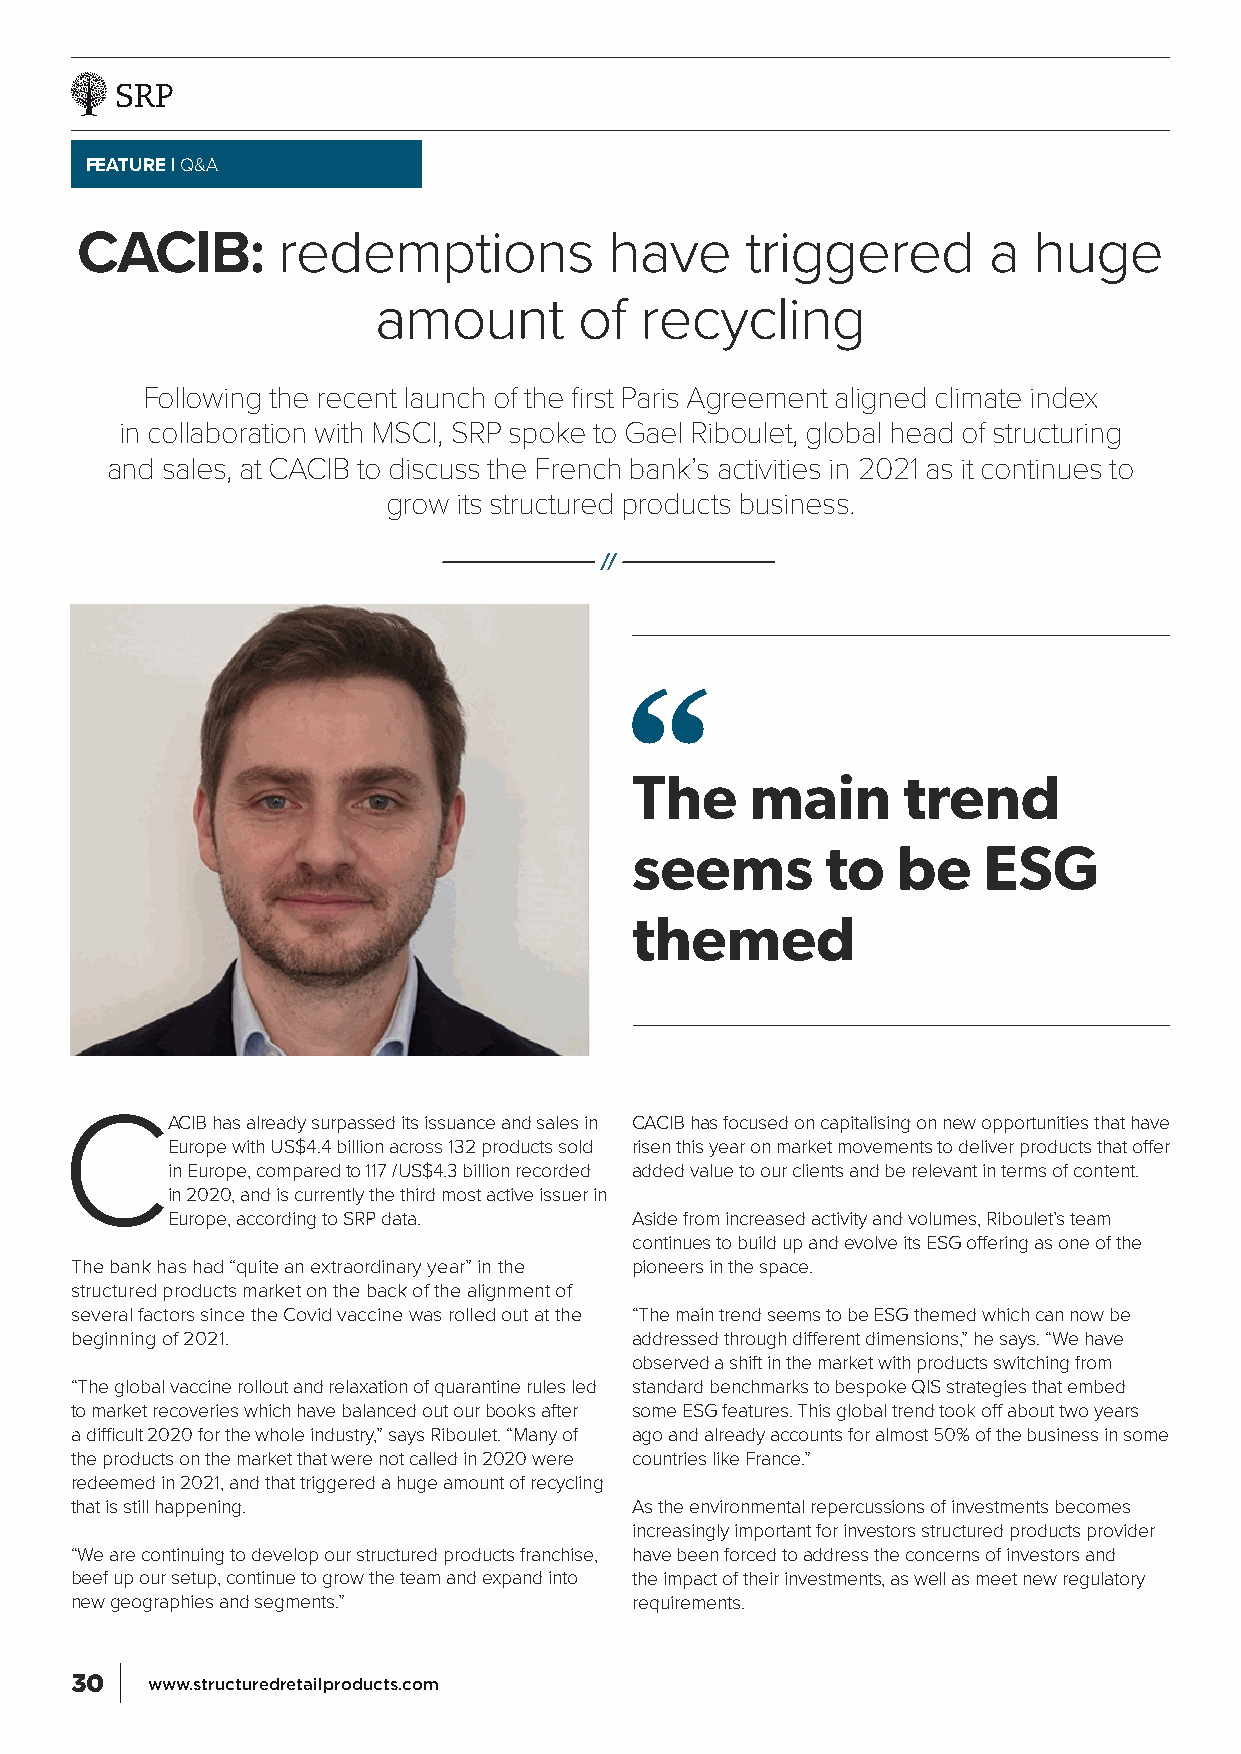
FEATURE | Q&A
 CACIB:       redemptions           have     triggered       a  huge
 amount       of  recycling
 Following the recent launch of the first Paris Agreement aligned climate index
 in collaboration with MSCI, SRP spoke to Gael Riboulet, global head of structuring
 and sales, at CACIB to discuss the French bank’s activities in 2021 as it continues to
 grow its structured products business.
 The     main      trend
 seems        to  be    ESG
 themed
 CACIB     has already surpassed its issuance and sales in CACIB has focused on capitalising on new opportunities that have
 Europe with US$4.4 billion across 132 products sold risen this year on market movements to deliver products that offer
 in Europe, compared to 117 /US$4.3 billion recorded added value to our clients and be relevant in terms of content.
 in 2020, and is currently the third most active issuer in
 Europe, according to SRP data. Aside from increased activity and volumes, Riboulet’s team
 continues to build up and evolve its ESG offering as one of the
 The bank has had “quite an extraordinary year” in the pioneers in the space.
 structured products market on the back of the alignment of
 several factors since the Covid vaccine was rolled out at the “The main trend seems to be ESG themed which can now be
 beginning of 2021.                   addressed through different dimensions,” he says. “We have
 observed a shift in the market with products switching from
 “The global vaccine rollout and relaxation of quarantine rules led standard benchmarks to bespoke QIS strategies that embed
 to market recoveries which have balanced out our books after some ESG features. This global trend took off about two years
 a difficult 2020 for the whole industry,” says Riboulet. “Many of ago and already accounts for almost 50% of the business in some
 the products on the market that were not called in 2020 were countries like France.”
 redeemed in 2021, and that triggered a huge amount of recycling
 that is still happening.             As the environmental repercussions of investments becomes
 increasingly important for investors structured products provider
 “We are continuing to develop our structured products franchise, have been forced to address the concerns of investors and
 beef up our setup, continue to grow the team and expand into the impact of their investments, as well as meet new regulatory
 new geographies and segments.”       requirements.
 30   www.structuredretailproducts.com